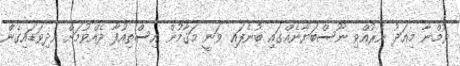
ޔުމްނާ މިއަދު ނެރުއްވި ނޫސްބަޔާނެއްގައި ބުނެފައި ވަނީ މަޤާމުން އިސްތިއުފާ ދެއްވުމަށް އެދިވަޑައިގެން